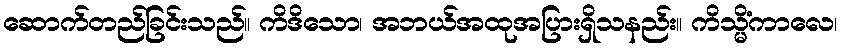
ဆောက်တည်ခြင်းသည်။ ကိဒိသော၊ အဘယ်အထုအပြားရှိသနည်း။ ကိသ္မိံကာလေ၊